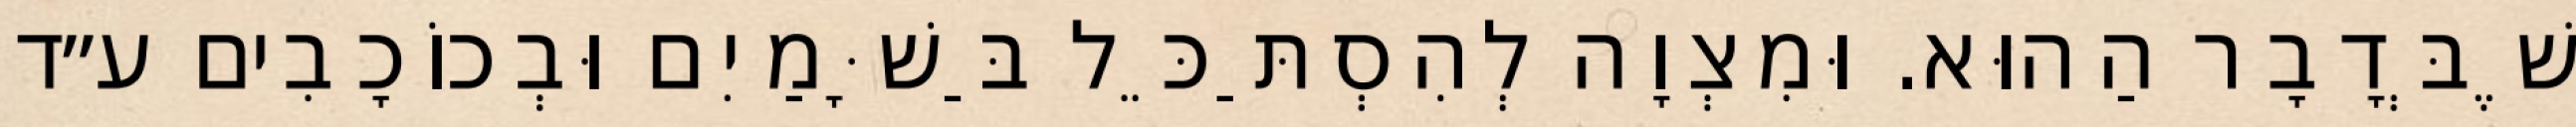
שֶׁבְּדָבָר הַהוּא. וּמִצְוָה לְהִסְתַּכֵּל בַּשָּׁמַיִם וּבְכוֹכָבִים ע״ד